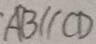
A B / / C D